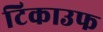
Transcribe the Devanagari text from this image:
टिकाउफ